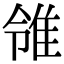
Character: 𨾠